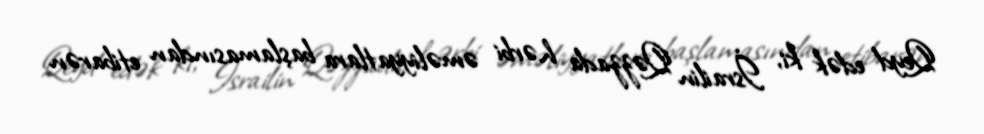
Qeyd edək ki, İsrailin Qəzzada hərbi əməliyyatlara başlamasından etibarən